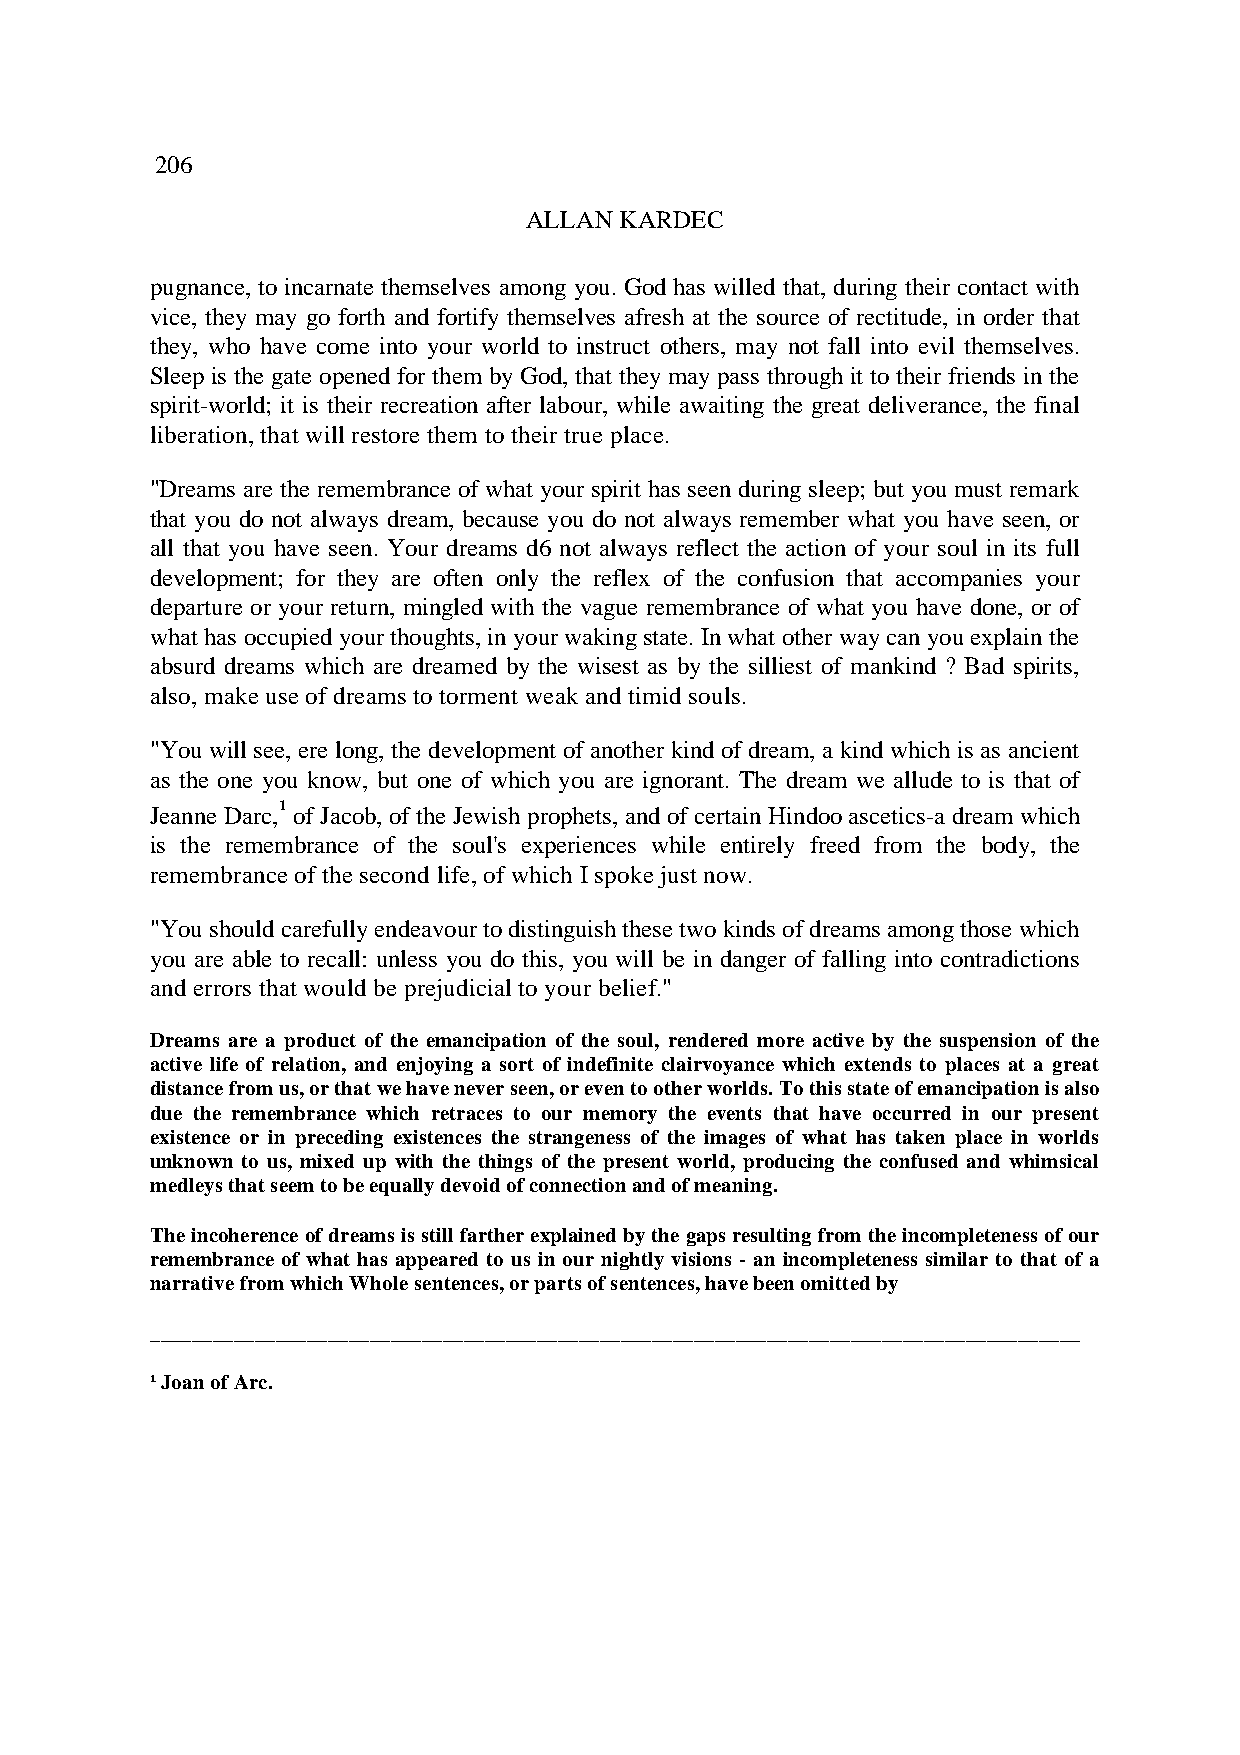
206
 ALLAN KARDEC
 pugnance, to incarnate themselves among you. God has willed that, during their contact with
 vice, they may go forth and fortify themselves afresh at the source of rectitude, in order that
 they, who have come into your world to instruct others, may not fall into evil themselves.
 Sleep is the gate opened for them by God, that they may pass through it to their friends in the
 spirit-world; it is their recreation after labour, while awaiting the great deliverance, the final
 liberation, that will restore them to their true place.
 "Dreams are the remembrance of what your spirit has seen during sleep; but you must remark
 that you do not always dream, because you do not always remember what you have seen, or
 all that you have seen. Your dreams d6 not always reflect the action of your soul in its full
 development; for they are often only the reflex of the confusion that accompanies your
 departure or your return, mingled with the vague remembrance of what you have done, or of
 what has occupied your thoughts, in your waking state. In what other way can you explain the
 absurd dreams which are dreamed by the wisest as by the silliest of mankind ? Bad spirits,
 also, make use of dreams to torment weak and timid souls.
 "You will see, ere long, the development of another kind of dream, a kind which is as ancient
 as the one you know, but one of which you are ignorant. The dream we allude to is that of
 Jeanne Darc,¹ of Jacob, of the Jewish prophets, and of certain Hindoo ascetics-a dream which
 is the remembrance of the soul's experiences while entirely freed from the body, the
 remembrance of the second life, of which I spoke just now.
 "You should carefully endeavour to distinguish these two kinds of dreams among those which
 you are able to recall: unless you do this, you will be in danger of falling into contradictions
 and errors that would be prejudicial to your belief."
 Dreams are a product of the emancipation of the soul, rendered more active by the suspension of the
 active life of relation, and enjoying a sort of indefinite clairvoyance which extends to places at a great
 distance from us, or that we have never seen, or even to other worlds. To this state of emancipation is also
 due the remembrance which retraces to our memory the events that have occurred in our present
 existence or in preceding existences the strangeness of the images of what has taken place in worlds
 unknown to us, mixed up with the things of the present world, producing the confused and whimsical
 medleys that seem to be equally devoid of connection and of meaning.
 The incoherence of dreams is still farther explained by the gaps resulting from the incompleteness of our
 remembrance of what has appeared to us in our nightly visions - an incompleteness similar to that of a
 narrative from which Whole sentences, or parts of sentences, have been omitted by
 _________________________________________________________________________________________
 ¹ Joan of Arc.